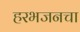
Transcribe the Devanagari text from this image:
हरभजनचा